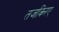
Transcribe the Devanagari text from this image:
तजकिरए